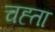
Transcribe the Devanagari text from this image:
चह्ता